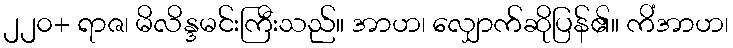
၂၂၀+ ရာဇ၊ မိလိန္ဒမင်းကြီးသည်။ အာဟ၊ လျှောက်ဆိုပြန်၏။ ကိံအာဟ၊